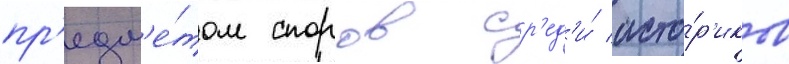
пр'едм'е́том споров ср'ед'и́ исто́р'иков